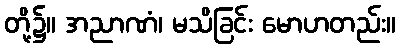
တို့၌။ အညာဏံ၊ မသိခြင်း မောဟတည်း။